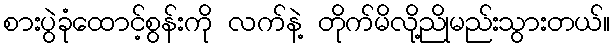
စားပွဲခုံထောင့်စွန်းကို လက်နဲ့ တိုက်မိလို့ညိုမည်းသွားတယ်။